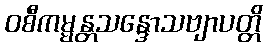
ဝစီကမ္မန္တသန္ဒောသဗျာပတ္တိ